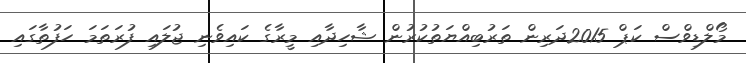
މޯލްޑިވްސް ކަޕް 2015ދަރިން ތަރުބިއްޔަތުކުރުން ޝާހިދާއި މީރާގެެ ކައިވެނި ޖުލައި ފުރަތަމަ ހަފުތާގައި